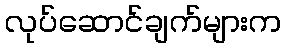
လုပ်ဆောင်ချက်များက